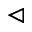
\vartriangleleft